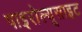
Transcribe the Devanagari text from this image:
पाइरोल्यूसाइट